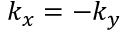
k _ { x } = - k _ { y }